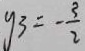
y _ { 3 } = - \frac { 3 } { 2 }